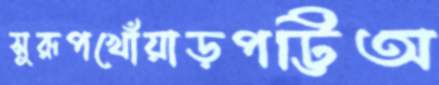
সুরূপখোঁয়াড়পট্টিঅ